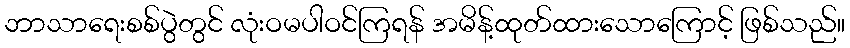
ဘာသာရေးစစ်ပွဲတွင် လုံးဝမပါဝင်ကြရန် အမိန့်ထုတ်ထားသောကြောင့် ဖြစ်သည်။